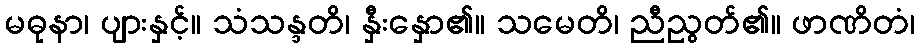
မဓုနာ၊ ပျားနှင့်။ သံသန္ဒတိ၊ နှီးနှော၏။ သမေတိ၊ ညီညွတ်၏။ ဖာဏိတံ၊